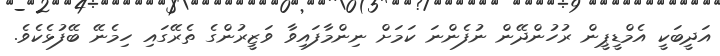
އަދީބަކީ އެމްޑީޕީން ރުހުންދޭން ނުފެންނަ ކަމަށް ނިންމާފައިވާ ވަޒީރުންގެ ތެރޭގައި ހިމެނޭ ބޭފުޅެކެވެ.